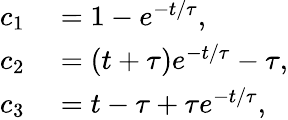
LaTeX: \begin{array}{rl}{c_{1}}&{{}=1-e^{-t/\tau},}\\ {c_{2}}&{{}=\left(t+\tau\right)e^{-t/\tau}-\tau,}\\ {c_{3}}&{{}=t-\tau+\tau e^{-t/\tau},}\end{array}